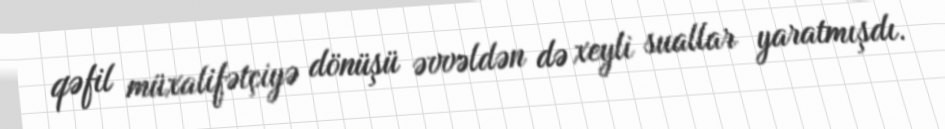
qəfil müxalifətçiyə dönüşü əvvəldən də xeyli suallar yaratmışdı.